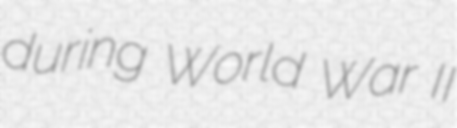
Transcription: during World War II